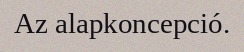
Az alapkoncepció.